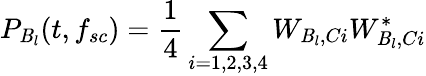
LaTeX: P_{\mathit{B}_{l}}(t,f_{sc})=\frac{{1}}{{4}}\sum_{i=1,2,3,4}W_{\mathit{B}_{l},Ci}W_{\mathit{B}_{l},Ci}^{*}